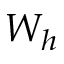
W _ { h }